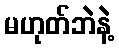
မဟုတ်ဘဲနဲ့